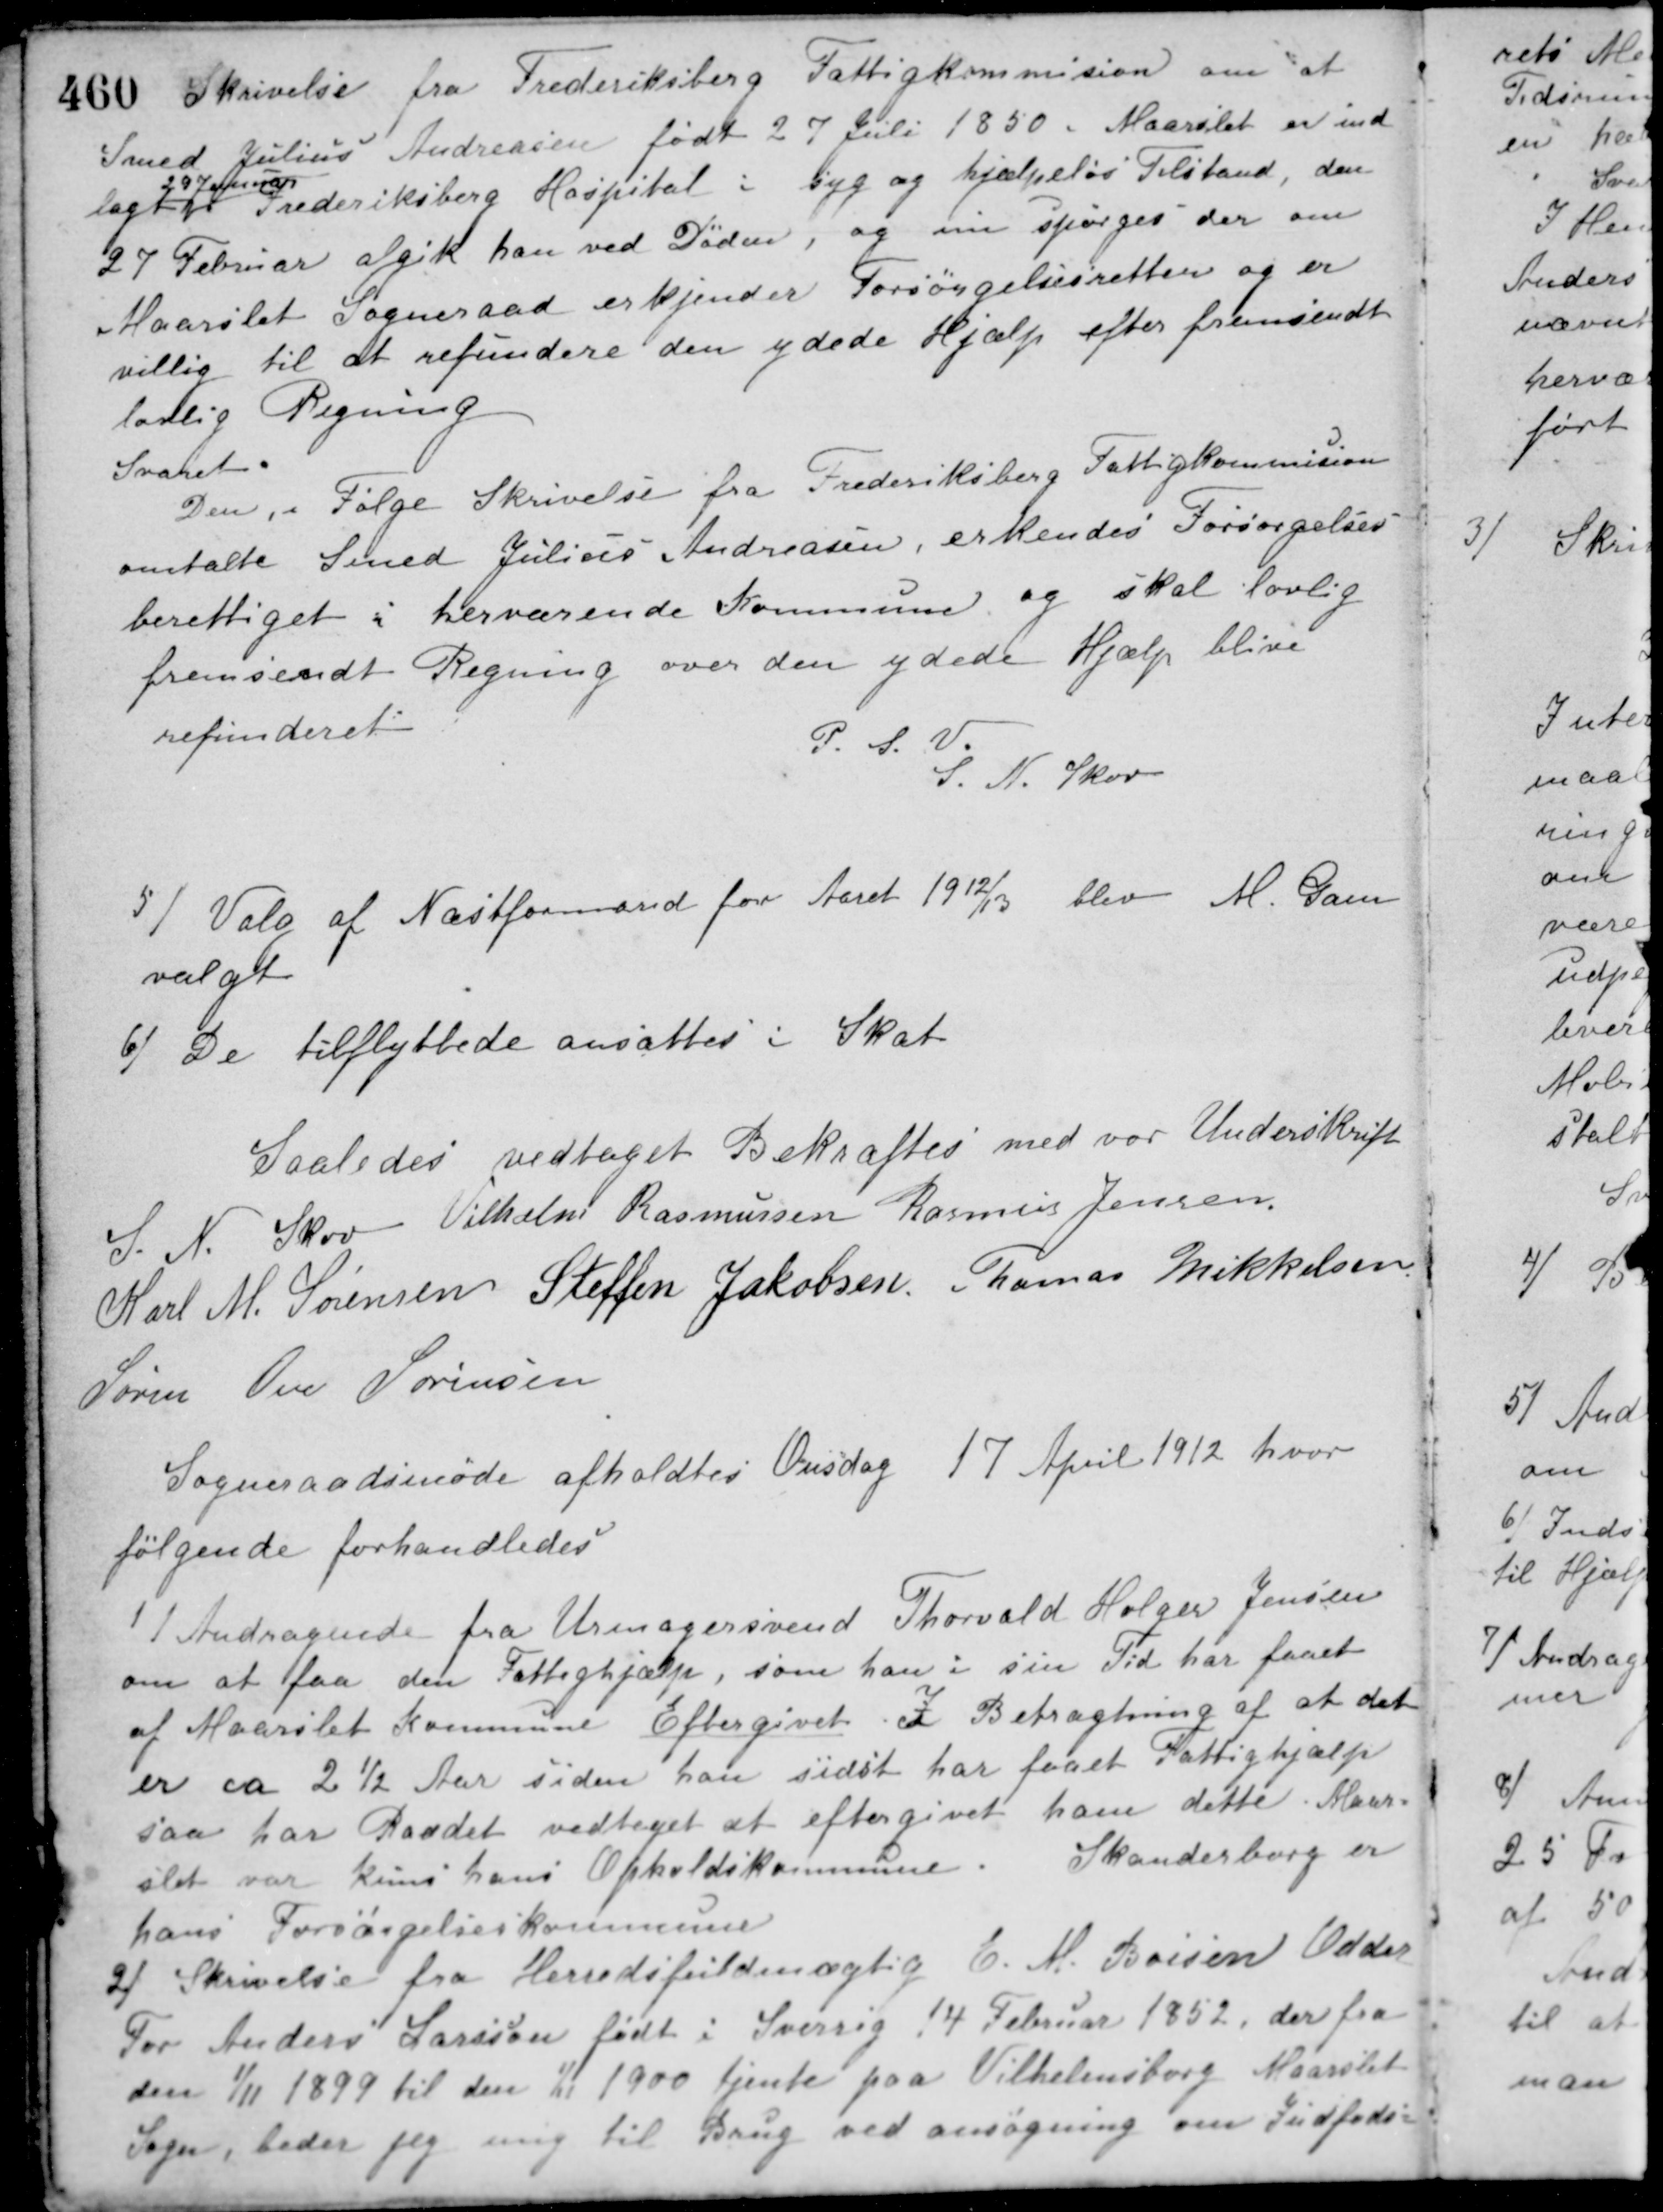
Transskription:
Skrivelse fra Frederiksberg Fattigkommision om at
Smed Julius Andreasen født 27 Juli 1850 i Maarslet er ind-
lagt
29 Januar
paa Frederiksberg Hospital i syg og hjælpeløs Tilstand, den
27 Februar afgik han ved Døden, og nu spørges der om
Maarslet Sogneraad erkjender Forsørgelsesretten og er
villig til at refundere den ydede Hjælp efter fremsendt
lovlig Regning.
Svaret.
Den i Følge Skrivelse fra Frederiksberg Fattigkommision
omtalte Smed Julius Andreasen, erkendes Forsørgelses-
berettiget i herværende Kommune og skal lovlig
fremsendt Regning over den ydede Hjælp blive
refunderet.
P. S. V.
S. N. Skov
5/ Valg af Næstformand for Aaret 1912/13 blev M. Gam
valgt.
6/ De tilflyttede ansattes i Skat.
Saaledes vedtaget Bekræftes med vor Underskrift
S. N. Skov Vilhelm Rasmussen Rasmus Jensen
Karl M. Sørensen Steffen Jakobsen Thomas Mikkelsen
Søren Ove Sørensen
Sogneraadsmøde afholdtes Onsdag 17 April 1912 hvor
følgende forhandledes
1/ Andragende fra Urmagersvend Thorvald Holger Jensen
om at faa den Fattighjælp, som han i sin Tid har faaet
af Maarslet Kommune Eftergivet. I Betragtning af at det
er ca 2½ Aar siden han sidst har faaet Fattighjælp
saa har Raadet vedtaget at eftergivet ham dette. Maar-
slet var kuns hans Opholdskommune. Skanderborg er
hans Forsørgelseskommune.
2/ Skrivelse fra Herredsfuldmægtig E. M. Boisen Odder.
For Anders Larsson født i Sverrig 4 Februar 1852, der fra
den 1/11 1899 til den 1/11 1900 tjente paa Vilhelmsborg Maarslet
Sogn, beder jeg mig til Brug ved ansøgning om Indføds-